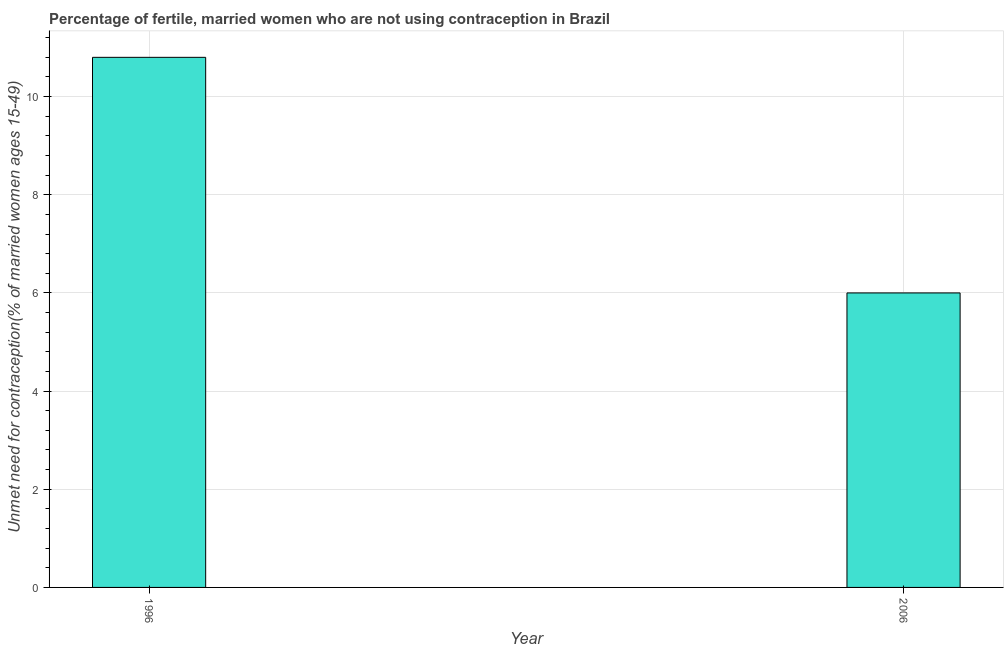
| Year | Unmet need for contraception |
 | --- | --- |
 | 1996 | 10.8 |
 | 2006 | 6 |